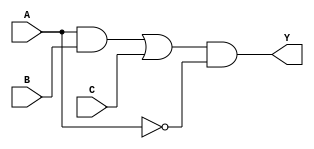
module MultiLevelLogicBlock (
    input wire A,
    input wire B,
    input wire C,
    output wire Y
);

// Intermediate nodes for simplified logic functions
wire notA;           // Intermediate node for NOT A
wire andAB;          // Intermediate node for AND (A and B)
wire andBC;          // Intermediate node for AND (B and C)
wire orAB_C;        // Intermediate node for OR (A and B) OR C
wire final_output;   // Final output before assigning to Y

// Simplified logic functions
// Step 1: NOT A
assign notA = ~A;

// Step 2: AND Operations
assign andAB = A & B;    // A AND B
assign andBC = B & C;    // B AND C

// Step 3: OR Operation
// Combining the AND outputs with OR
assign orAB_C = andAB | C; // (A AND B) OR C

// Final output logic
// Combining the intermediate results
assign final_output = orAB_C & notA; // Final output = ((A AND B) OR C) AND NOT A

// Assign to output
assign Y = final_output;

endmodule